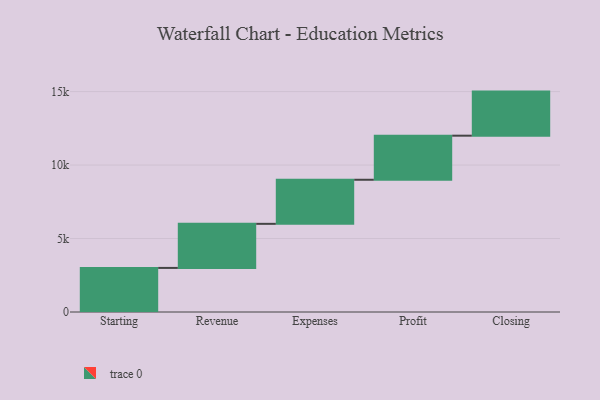
{"axis": {"x": "Step", "y": "Value"}, "legend": [""], "data": [{"x": "Starting", "y": 3000, "type": ""}, {"x": "Revenue", "y": 3000, "type": ""}, {"x": "Expenses", "y": 3000, "type": ""}, {"x": "Profit", "y": 3000, "type": ""}, {"x": "Closing", "y": 3000, "type": ""}]}